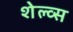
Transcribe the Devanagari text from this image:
शेल्व्स